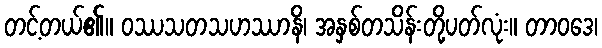
တင့်တယ်၏။ ဝဿသတသဟဿာနိ၊ အနှစ်တသိန်းတို့ပတ်လုံး။ တာဝဒေ၊